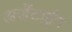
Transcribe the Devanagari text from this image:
अर्जेंटाईन